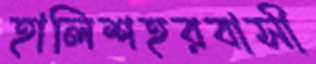
হালিশহরবাসী